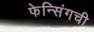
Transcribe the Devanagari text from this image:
फेन्सिंगची